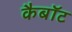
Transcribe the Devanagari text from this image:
कैबॉट